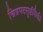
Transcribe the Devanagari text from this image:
चित्रपटसृष्टींपैकी